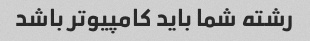
رشته شما باید کامپیوتر باشد